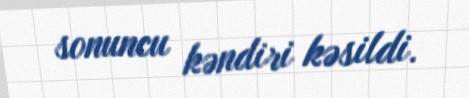
sonuncu kəndiri kəsildi.